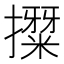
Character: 𭢳